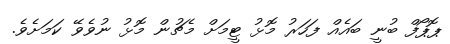
ޕޮޕޯފް ބުނީ ބައެއް ފަހަރު މޮޅު ޓީމަށް މެޗުން މޮޅު ނުވެވޭ ކަމަށެވެ.